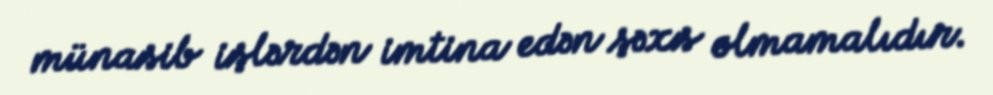
münasib işlərdən imtina edən şəxs olmamalıdır.